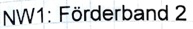
Text: NW1: Förderband 2